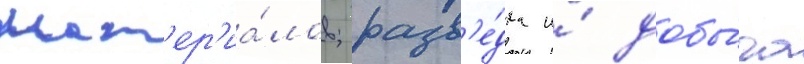
мат'ер'иа́лов; разв'е́дка и́ добы́ча